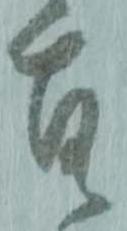
間